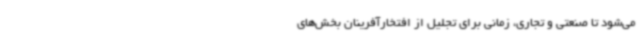
می‌شود تا صنعتی و تجاری، زمانی برای تجلیل از افتخارآفرینان بخش‌های